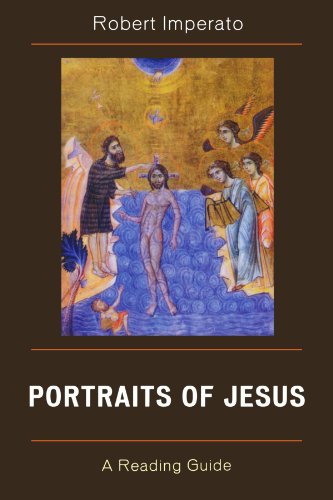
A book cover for Portraits of Jesus: A Reading Guide; Robert Imperato; Christian Books & Bibles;